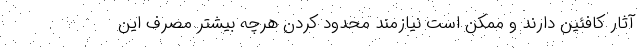
آثار کافئین دارند و ممکن است نیازمند محدود کردن هرچه بیشتر مصرف این